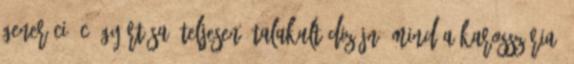
generáció C7 gyártása; Teljesen átalakult dizájn, mind a karosszéria,